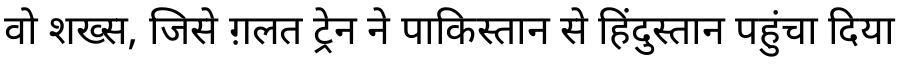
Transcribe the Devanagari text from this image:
वो शख्स, जिसे ग़लत ट्रेन ने पाकिस्तान से हिंदुस्तान पहुंचा दिया